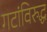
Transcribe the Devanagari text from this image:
गटांविरुद्ध